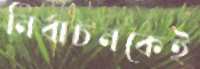
নির্বাচনকেই